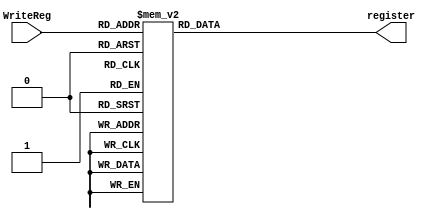
module decoder5_32 (register,WriteReg);

	input [4:0] WriteReg;
	output reg[31:0] register;
	always @ (WriteReg)

	case (WriteReg)
	5'b00000 : register = 32'd1;
	5'b00001 : register = 32'd2;
	5'b00010 : register = 32'd4;
	5'b00011 : register = 32'd8;
	5'b00100 : register = 32'd16;
	5'b00101 : register = 32'd32;
	5'b00110 : register = 32'd64;
	5'b00111 : register = 32'd128;
	5'b01000 : register = 32'd256;
	5'b01001 : register = 32'd512;
	5'b01010 : register = 32'd1024;
	5'b01011 : register = 32'd2048;
	5'b01100 : register = 32'd4096;
	5'b01101 : register = 32'd8192;
	5'b01110 : register = 32'd16384;
	5'b01111 : register = 32'd32768;
	5'b10000 : register = 32'd65536;
	5'b10001 : register = 32'd131072;
	5'b10010 : register = 32'd262144;
	5'b10011 : register = 32'd524288;
	5'b10100 : register = 32'd1048576;
	5'b10101 : register = 32'd2097152;
	5'b10110 : register = 32'd4194304;
	5'b10111 : register = 32'd8388608;
	5'b11000 : register = 32'd16777216;
	5'b11001 : register = 32'd33554432;
	5'b11010 : register = 32'd67108864;
	5'b11011 : register = 32'd134217728;
	5'b11100 : register = 32'd268435456;
	5'b11101 : register = 32'd536870912;
	5'b11110 : register = 32'b01000000000000000000000000000000;
	5'b11111 : register = 32'b10000000000000000000000000000000;
	default  : register = 32'd0;
	endcase

	
endmodule
	
/*
module tb_decoder;
	
	reg [4:0] WriteReg;
	wire [0:31] register;
	decoder5_32 mydecoder(register,WriteReg);
	initial
	begin
	
	#1 WriteReg = 5'd3;
	#1 WriteReg = 5'd6;
	#1 WriteReg = 5'd31;
	end
	
	initial
	$monitor($time," %b %b",WriteReg,register);
endmodule
*/